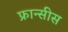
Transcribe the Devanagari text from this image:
फ्रान्सीस